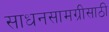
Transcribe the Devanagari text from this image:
साधनसामग्रीसाठी